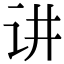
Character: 讲